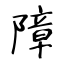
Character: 障